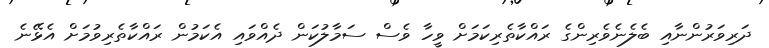
ދަރިވަރުންނާއި ބެލެނެވެރިންގެ ރައްކާތެރިކަމަށް ވީހާ ވެސް ސަމާލުކަން ދެއްވައި އެކަމުން ރައްކާތެރިވުމަށް އެޅޭނެ